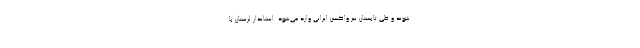
شوند و طی تابستان نیز واکسن ایرانی وارد می‌شود. استاندار لرستان با